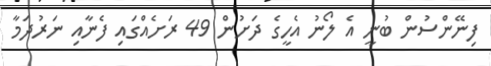
ފިނޭންސުން ބުނީ އެ ލޯނު އެހީގެ ދަށުން 49 ރަށެއްގައި ފެނާއި ނަރުދަމާ